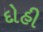
દોહી